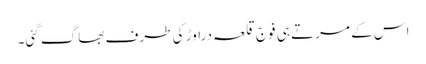
اس کے مرتے ہی فوج قلعہ دراوڑ کی طرف بھاگ گئی۔